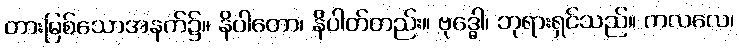
တားမြစ်သောအနက်၌။ နိပါတော၊ နိပါတ်တည်း။ ဗုဒ္ဓေါ၊ ဘုရားရှင်သည်။ ကလလေ၊